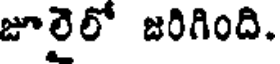
జూలైలో జరిగింది.